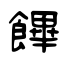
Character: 饆